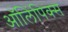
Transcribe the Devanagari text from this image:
ऑलिंपिक्स